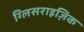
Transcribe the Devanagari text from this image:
ग्लिसराइज़िक